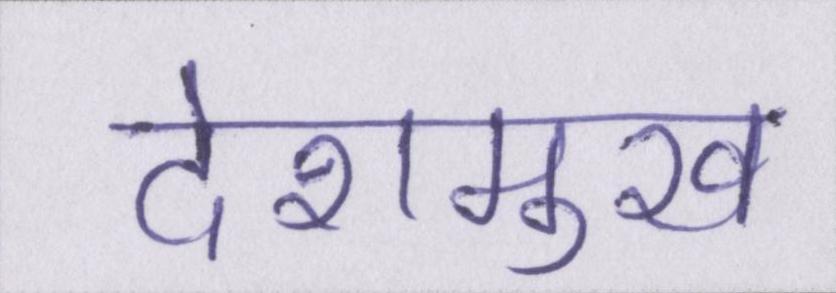
देशमुख